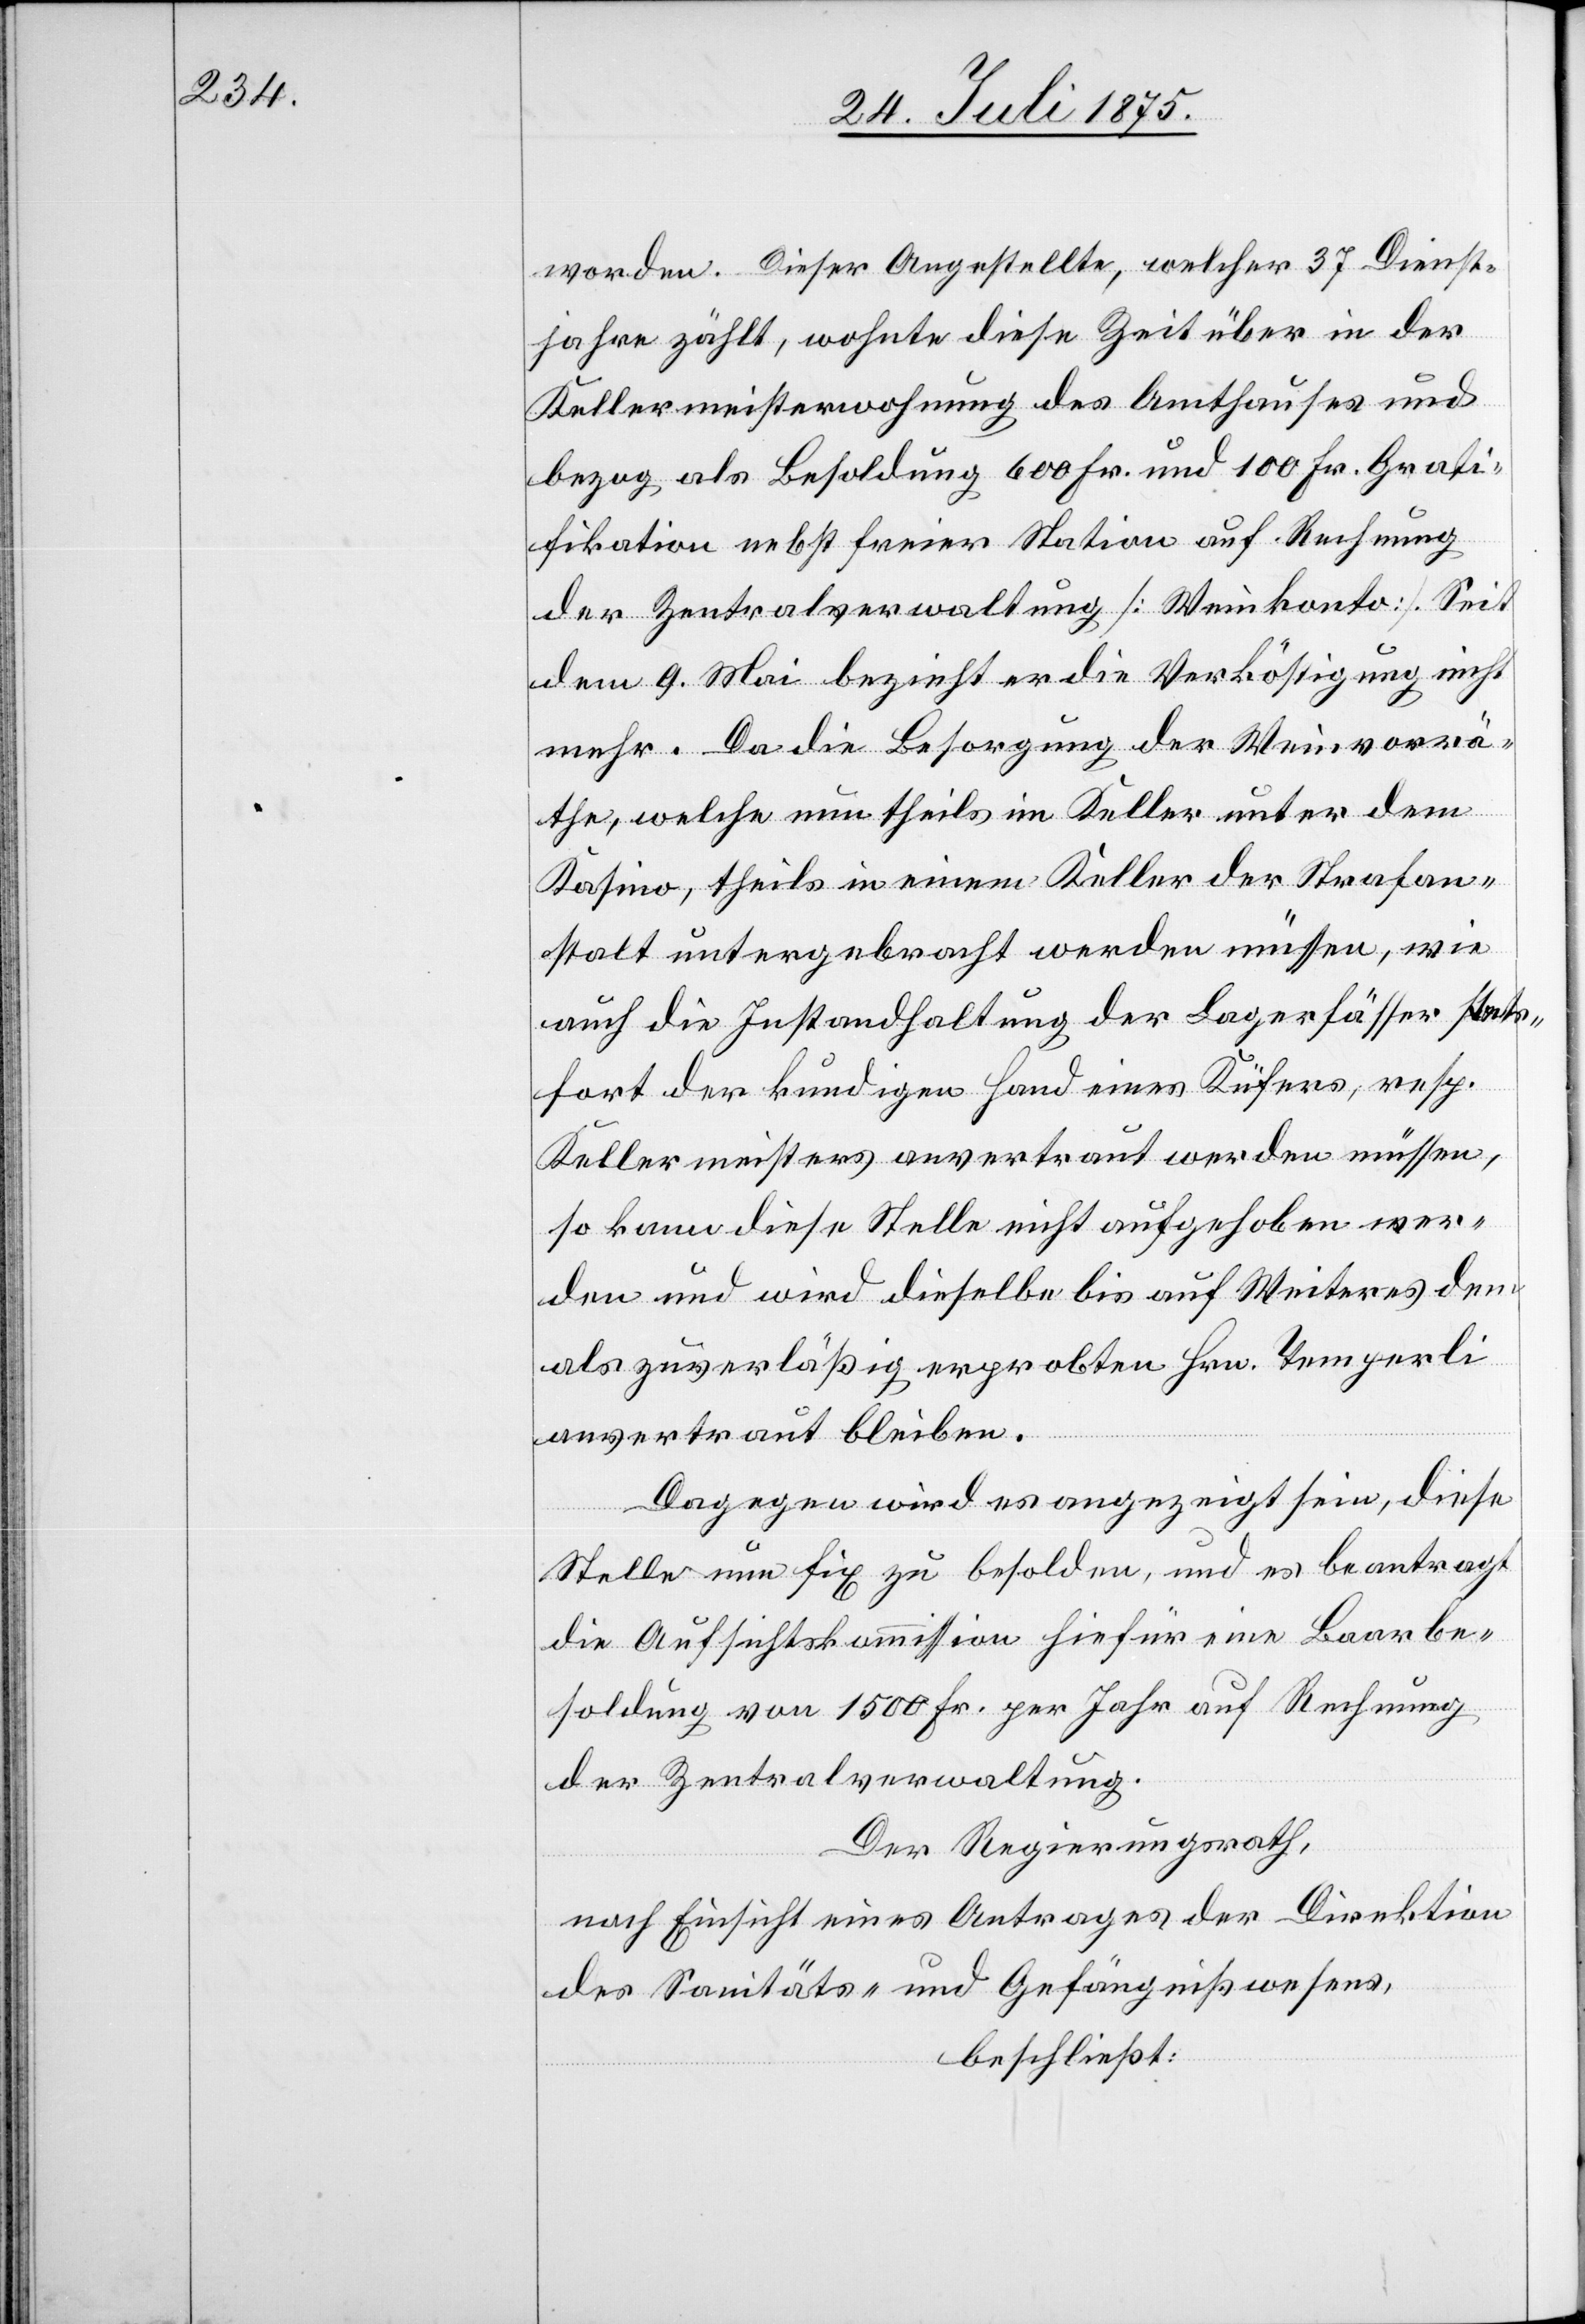
worden. Dieser Angestellte, welcher 37 Dienst¬
jahre zählt, wohnte diese Zeit über in der
Kellermeisterwohnung des Amthauses und
bezog als Besoldung 600 Fr. und 100 Fr. Grati¬
fikation nebst freier Station auf Rechnung
der Zentralverwaltung [Weinkonto]. Seit
dem 9. Mai bezieht er die Verköstigung nicht
mehr. Da die Besorgung der Weinvorrä¬
the, welche nun theils im Keller unter dem
Kasino, theils in einem Keller der Strafan¬
stalt untergebracht werden müssen, wie
auch die Instandhaltung der Lagerfässer stets¬
fort der kundigen Hand eines Küfers, resp.
Kellermeisters anvertraut werden müssen,
so kann diese Stelle nicht aufgehoben wer¬
den und wird dieselbe bis auf Weiteres dem
als zuverläßig erprobten Hrn. Temperli
anvertraut bleiben.
Dagegen wird es angezeigt sein, diese
Stelle nun fix zu besolden, und es beantragt
die Aufsichtskommission hiefür eine Baarbe¬
soldung von 1500 Fr. per Jahr auf Rechnung
der Zentralverwaltung.
Der Regierungsrath,
nach Einsicht eines Antrages der Direktion
des Sanitäts- und Gefängnißwesens,
beschließt: